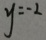
y = - 2